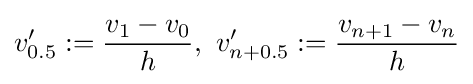
v'_{0.5}:={\frac {v_{1}-v_{0}}{h}},\ v'_{n+0.5}:={\frac {v_{n+1}-v_{n}}{h}}\,\!